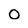
Character: O